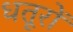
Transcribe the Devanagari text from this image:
धतूरों